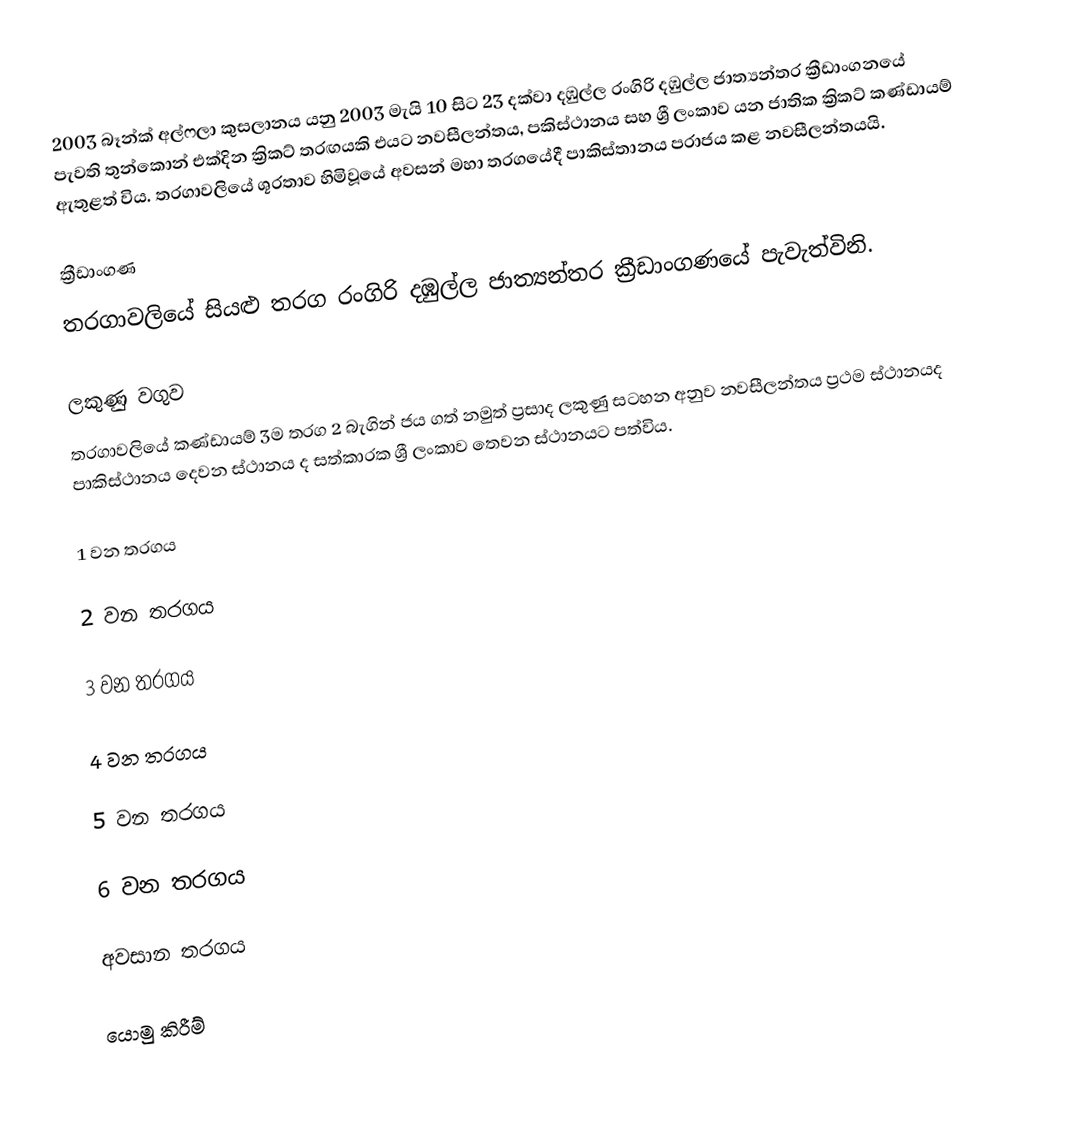
2003 බෑන්ක් අල්ෆලා කුසලානය යනු 2003 මැයි 10 සිට 23 දක්වා දඹුල්ල රංගිරි දඹුල්ල ජාත්‍යන්තර ක්‍රීඩාංගනයේ පැවති තුන්කොන් එක්දින ක්‍රිකට් තරඟයකි  එයට නවසීලන්තය, පකිස්ථානය සහ ශ්‍රී ලංකාව යන ජාතික ක්‍රිකට් කණ්ඩායම් ඇතුළත් විය. තරගාවලියේ ශූරතාව හිමිවූයේ අවසන් මහා තරගයේදී පාකිස්තානය පරාජය කළ නවසීලන්තයයි.

ක්‍රීඩාංගණ
තරගාවලියේ සියළු තරග රංගිරි දඹුල්ල ජාත්‍යන්තර ක්‍රීඩාංගණයේ පැවැත්විනි.

ලකුණු වගුව
තරගාවලියේ කණ්ඩායම් 3ම තරග 2 බැගින් ජය ගත් නමුත් ප්‍රසාද ලකුණු සටහන අනුව නවසීලන්තය ප්‍රථම ස්ථානයද පාකිස්ථානය දෙවන ස්ථානය ද සත්කාරක ශ්‍රී ලංකාව තෙවන ස්ථානයට පත්විය.

1 වන තරගය

2 වන තරගය

3 වන තරගය

4 වන තරගය

5 වන තරගය

6 වන තරගය

අවසාන තරගය

යොමු කිරීම්